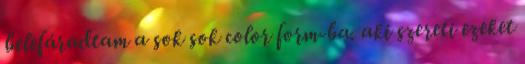
belefáradtam a sok sok color form-ba. aki szereti ezeket